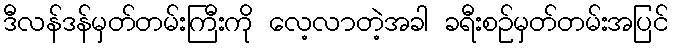
ဒီလန်ဒန်မှတ်တမ်းကြီးကို လေ့လာတဲ့အခါ ခရီးစဉ်မှတ်တမ်းအပြင်